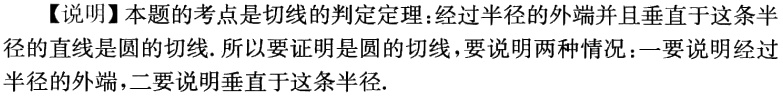
【说明】本题的考点是切线的判定定理：经过半径的外端并且垂直于这条半径的直线是圆的切线. 所以要证明是圆的切线，要说明两种情况：一要说明经过半径的外端，二要说明垂直于这条半径.